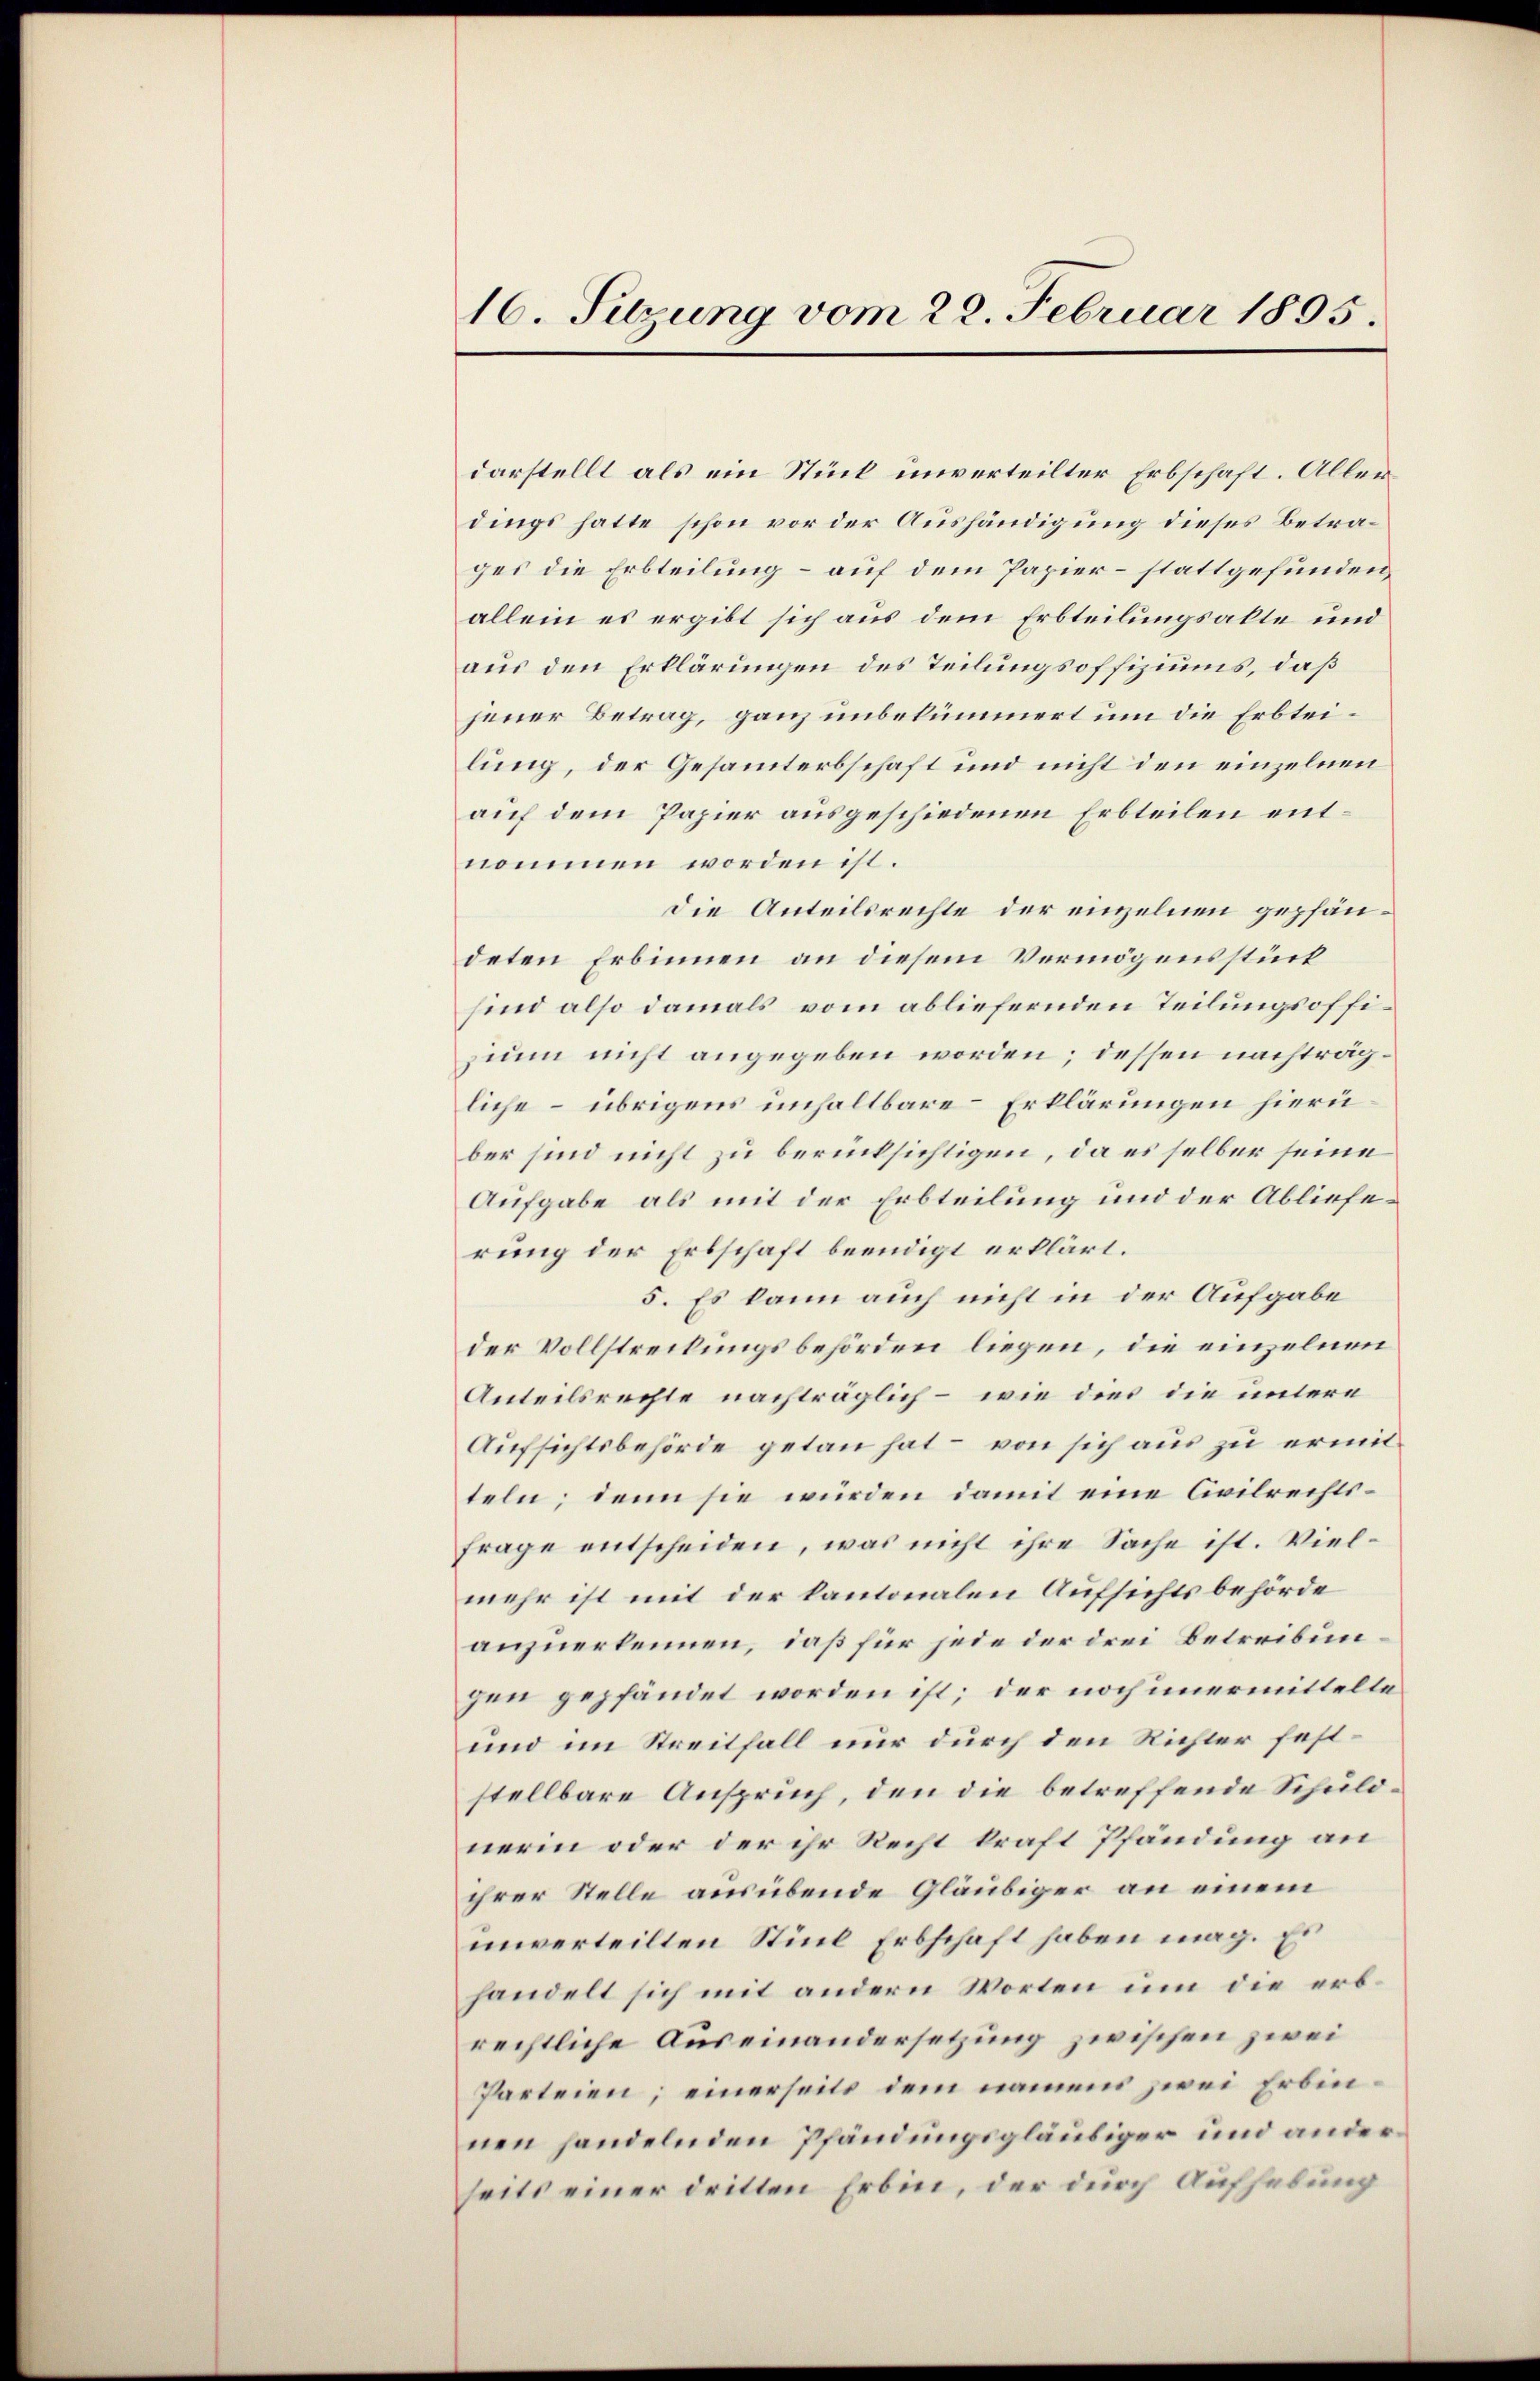
16. Sitzung vom 22. Februar 1895.

darstellt als ein Stück unverteilter Erbschaft. Allerdings hatte schon vor der Aushändigung dieses Betrages die Erbteilung – auf dem Papier- stattgefunden
allein es ergibt sich aus dem Erbteilungsakte und
aus den Erklärungen des Teilungsoffiziums, daß
jener Betrag, ganz unbekümmert um die Erbteilung, der Gesammterbschaft und nicht den einzelnen
auf dem Papier ausgeschiedenen Erbteilen entnommen worden ist.
Die Anteilsrechte der einzelnen gepfändeten Erbinnen an diesem Vermögensstück
sind also damals vom abliefernden Teilungsoffizium nicht angegeben worden; dessen nachträgliche – übrigens unhaltbare Erklärungen hierüber sind nicht zu berücksichtigen, da es selber seine
Aufgabe als mit der Erbteilung und der Ablieferung der Erbschaft beendigt erklärt.
5. Es kann auch nicht in der Aufgabe
der Vollstreckungsbehörden liegen, die einzelnen
Anteilsrechte nachträglich – wie dies die untere
Aufsichtsbehörde getan hat – von sich aus zu ermitteln; denn sie würden damit eine Civilrechts¬
Frage entscheiden, was nicht ihre Sache ist. Vielmehr ist mit der kantonalen Aufsichtsbehörde
anzuerkennen, daß für jede der drei Betreibungen gepfändet worden ist; der noch unermittelte
und im Streitfall nur durch den Richter feststellbare Anspruch, den die betreffende Schuldnerin oder der ihr Recht kraft Pfändung an
ihrer Stelle ausübende Gläubiger an einem
unverteilten Stiel Erbschaft haben mag. Es
handelt sich mit andern Worten um die erbrechtliche Auseinandersetzung zwischen zwei
Parteien; einerseits dem namens zwei Erbinnen handelnden Pfändungsgläubiger und anderseits einer dritten Erbin, der durch Aufhebung